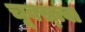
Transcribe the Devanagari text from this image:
चूवस्त्वा